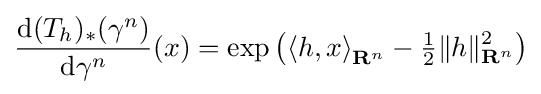
{\frac {\mathrm {d} (T_{h})_{*}(\gamma ^{n})}{\mathrm {d} \gamma ^{n}}}(x)=\exp \left(\left\langle h,x\right\rangle _{\mathbf {R} ^{n}}-{\tfrac {1}{2}}\|h\|_{\mathbf {R} ^{n}}^{2}\right)